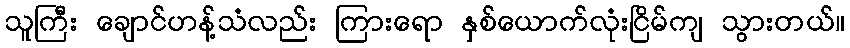
သူကြီး ချောင်ဟန့်သံလည်း ကြားရော နှစ်ယောက်လုံးငြိမ်ကျ သွားတယ်။